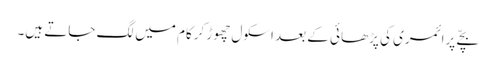
بچّے پرائمری کی پڑھائی کے بعد اسکول چھوڑ کرکام میں لگ جاتے ہیں۔